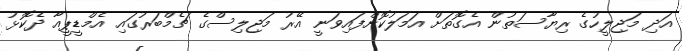
އަދި މަޖިލީހުގެ ރިޔާސަތުން އެގޮތަށް އަމަލުކޮށްފައިވަނީ އޭރު މަޖިލިސްގެ ޗެމްބަރުގައި އެމްޑީޕީއާ ދެކޮޅު